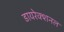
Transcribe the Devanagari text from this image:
डायरेक्शनल